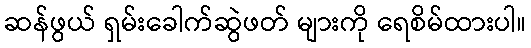
ဆန်ဖွယ် ရှမ်းခေါက်ဆွဲဖတ် များကို ရေစိမ်ထားပါ။